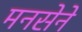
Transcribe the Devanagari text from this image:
मनसेने